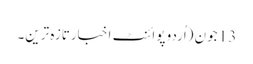
13 جون (اُردو پوائنٹ اخبارتازہ ترین۔